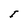
Character: I